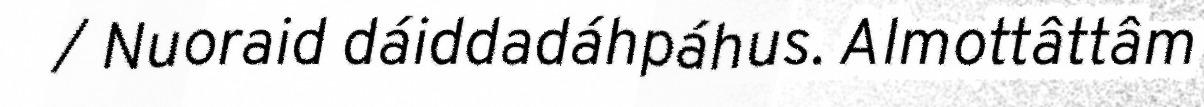
/ Nuoraid dáiddadáhpáhus. Almottâttâm